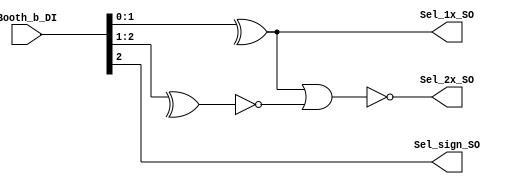
module booth_encoder (
	Booth_b_DI,
	Sel_1x_SO,
	Sel_2x_SO,
	Sel_sign_SO
);
	input wire [2:0] Booth_b_DI;
	output wire Sel_1x_SO;
	output wire Sel_2x_SO;
	output wire Sel_sign_SO;
	wire Sel_xnor_S;
	assign Sel_1x_SO = ^Booth_b_DI[1:0];
	assign Sel_xnor_S = ~(^Booth_b_DI[2:1]);
	assign Sel_2x_SO = ~(Sel_1x_SO | Sel_xnor_S);
	assign Sel_sign_SO = Booth_b_DI[2];
endmodule